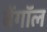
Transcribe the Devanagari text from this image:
बेंगॉल